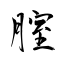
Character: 腟